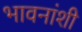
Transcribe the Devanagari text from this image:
भावनांशी